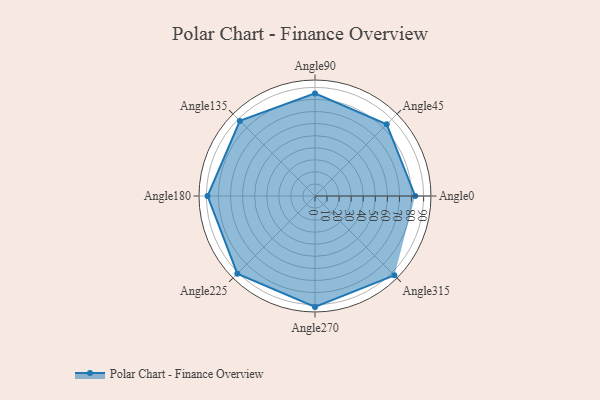
{"axis": {"x": "Angle", "y": "Radius"}, "legend": [""], "data": [{"x": "Angle0", "y": 83.0, "type": ""}, {"x": "Angle45", "y": 84.0, "type": ""}, {"x": "Angle90", "y": 85.0, "type": ""}, {"x": "Angle135", "y": 88.0, "type": ""}, {"x": "Angle180", "y": 89.0, "type": ""}, {"x": "Angle225", "y": 91.0, "type": ""}, {"x": "Angle270", "y": 92.0, "type": ""}, {"x": "Angle315", "y": 93.0, "type": ""}]}